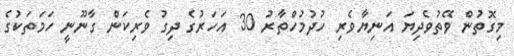
މިގޮތުން ވޭތުވެދިޔަ އަނިޔާވެރި ހުދުމުހްތާރު 30 އަހަރުގެ ދިގު ވެރިކަން ގާނޫނީ ހަމަތަކުގެ